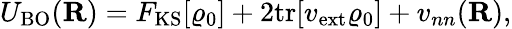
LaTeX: {\displaystyle U_{\mathrm{BO}}({\mathbf R})=F_{\mathrm{KS}}[\varrho_{0}]+2\mathrm{tr}[v_{\mathrm{ext}}\varrho_{0}]+v_{nn}({\mathbf R}),}